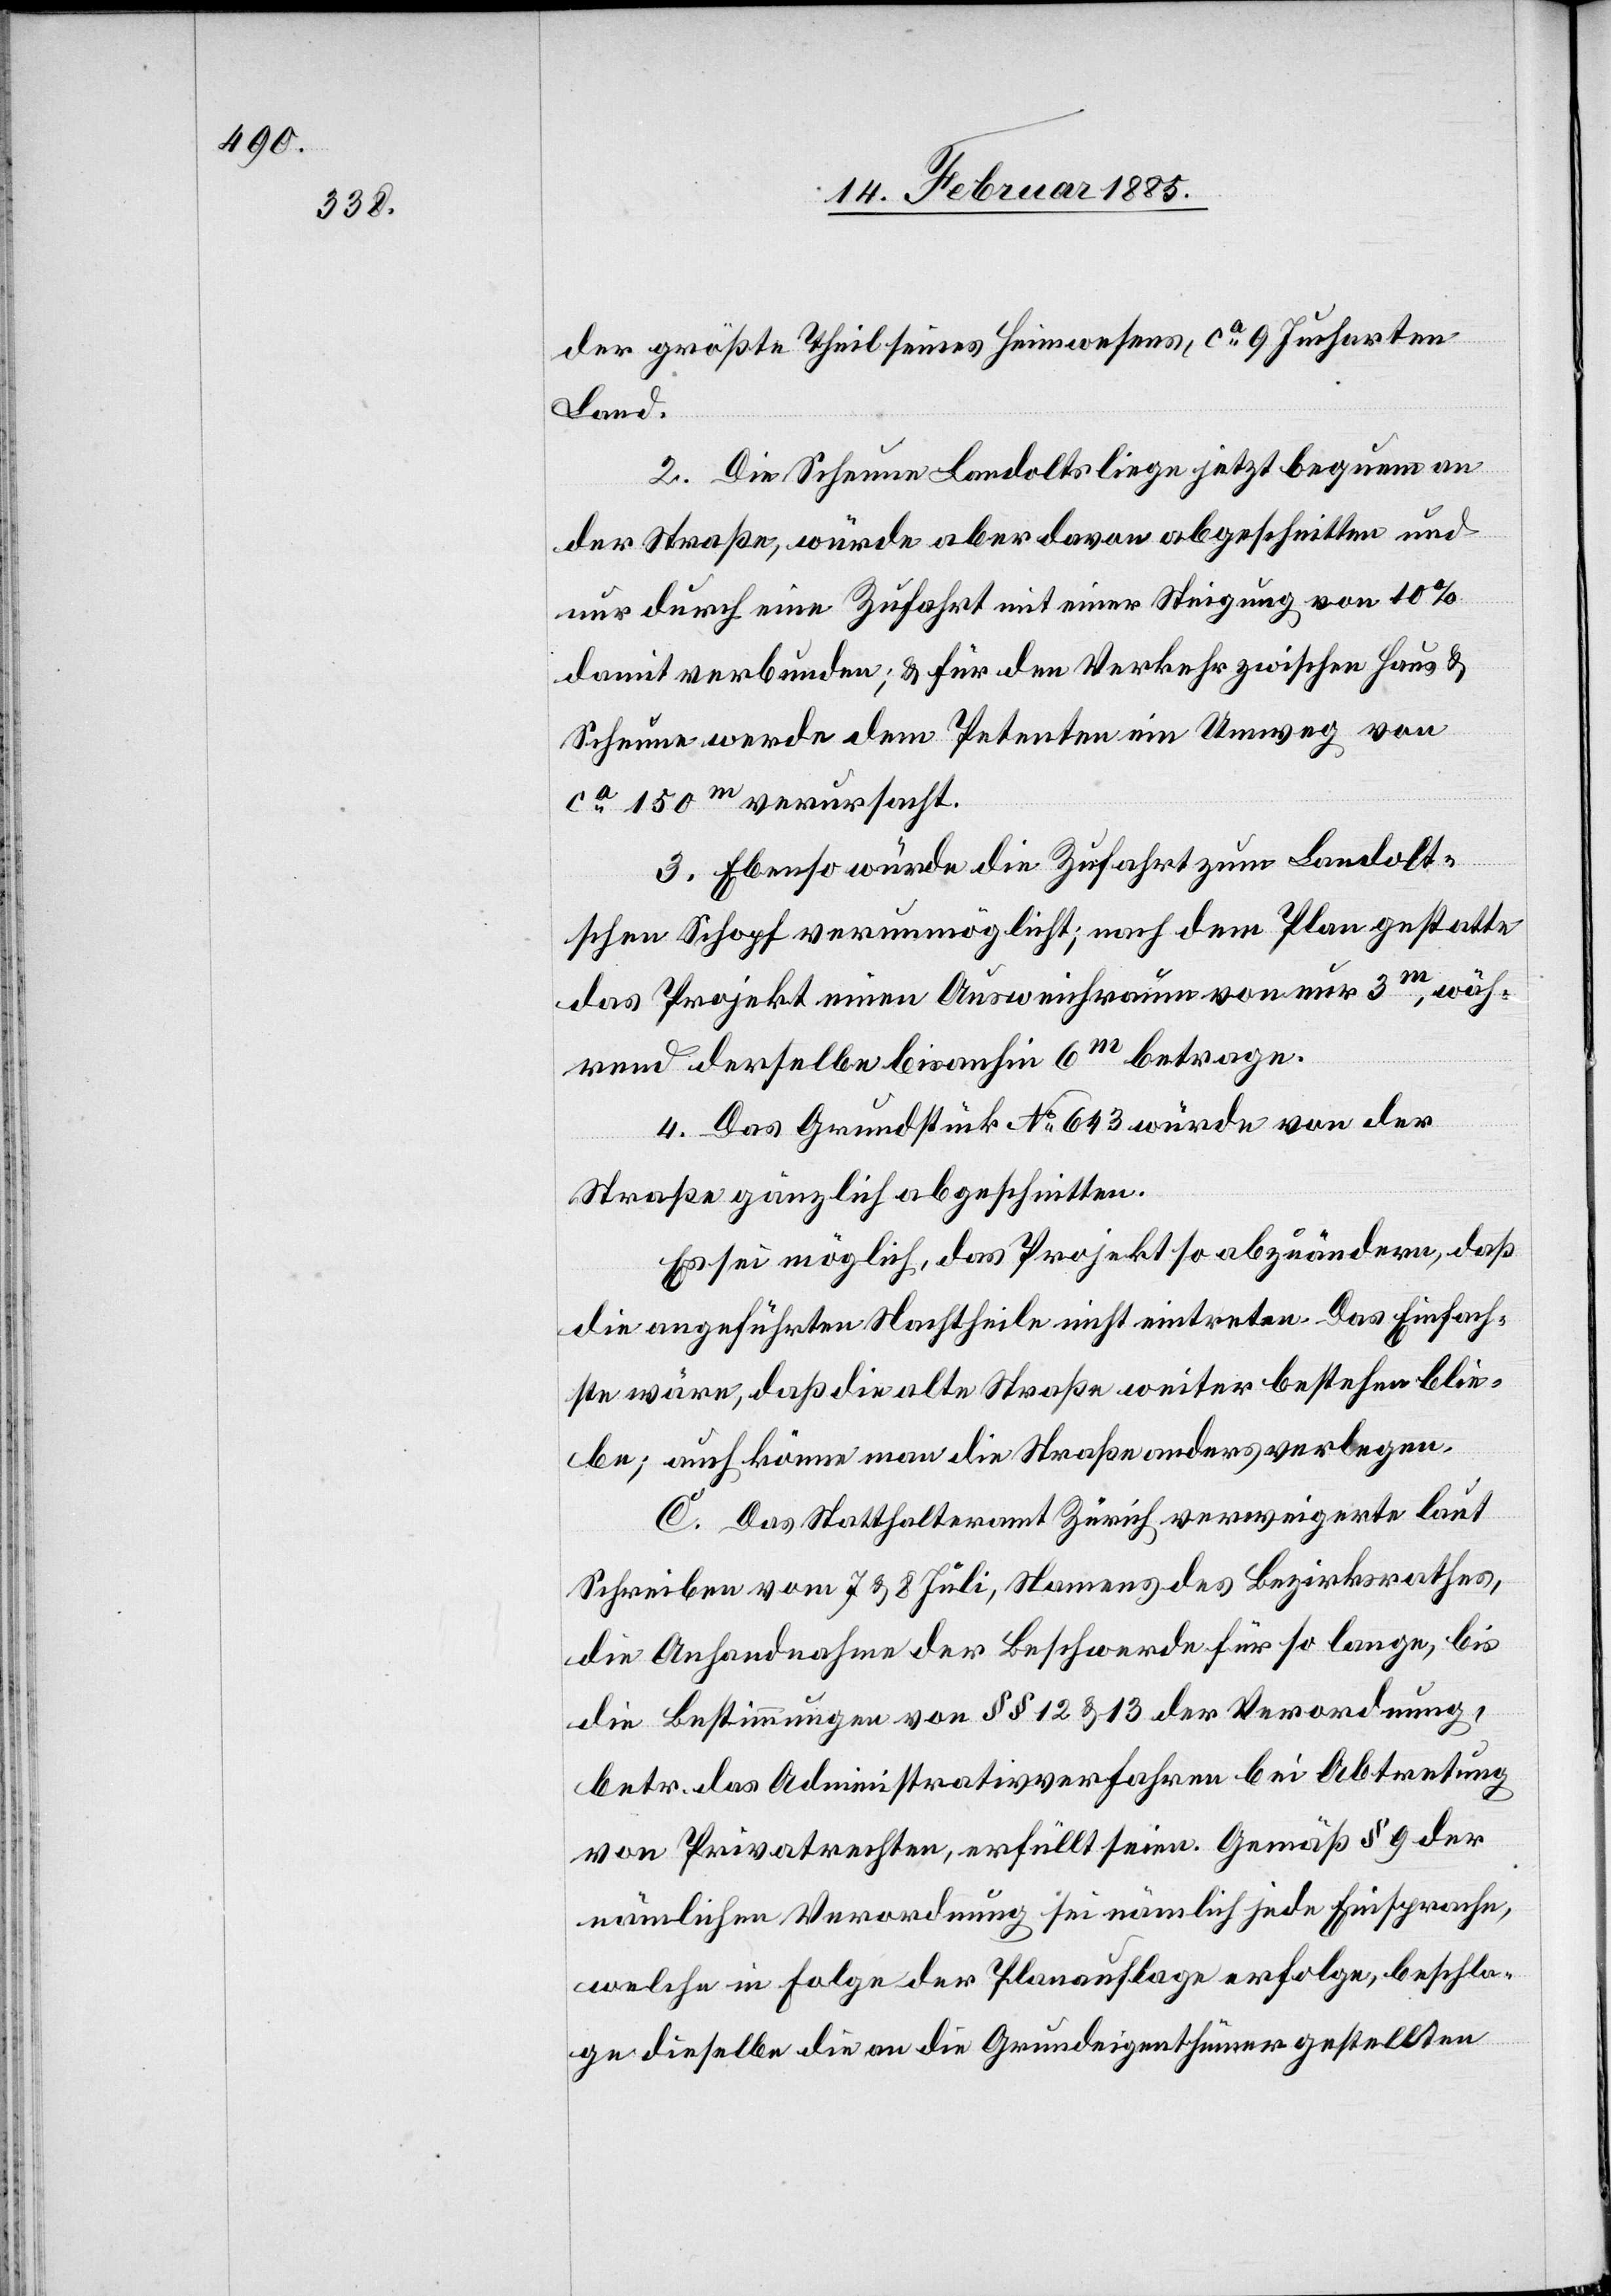
der größte Theil seines Heimwesens, ca 9 Jucharten
Land.
2. Die Scheune Landolts liege jetzt bequem an
der Straße, würde aber davon abgeschnitten und
nur durch eine Zufahrt mit einer Steigung von 10%
damit verbunden; & für den Verkehr zwischen Haus &
Scheune werde dem Petenten ein Umweg von
150m verursacht.
3. Ebenso würde die Zufahrt zum Landolt¬
schen Schopf verunmöglicht; nach dem Plan gestatte
das Projekt einen Ausweichraum von nur 3m, wäh¬
rend derselbe bisanhin 6m betrage.
4. Das Grundstück No 643 würde von der
Straße gänzlich abgeschnitten.
Es sei möglich, das Projekt so abzuändern, daß
die angeführten Nachtheile nicht eintreten. Das Einfach¬
ste wäre, daß die alte Straße weiter bestehen ble¬
ibe; auch könne man die Straße anders verlegen.
C. Das Statthalteramt Zürich verweigerte laut
Schreiben vom 7[.] & 8[.] Juli, namens des Bezirksrathes,
die Anhandnahme der Beschwerde für so lange, bis
die Bestimmung von §§ 12 & 13 der Verordnung,
betr. das Administrativverfahren bei Abtretung
von Privatrechten, erfüllt seien. Gemäß § 9 der
nämlichen Verordnung sei nämlich jede Einsprache,
welche in Folge der Planauflage erfolge, beschla¬
ge dieselbe die an die Grundeigenthümer gestellten